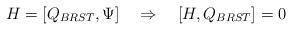
LaTeX: \begin{align*}H= [Q_{BRST}, \Psi] \quad \Rightarrow \quad [H,Q_{BRST}]=0\end{align*}